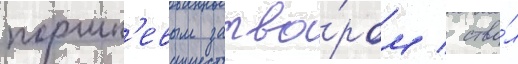
поршн'евым затво́ром / ство́л